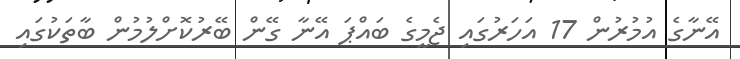
އޭނާގެ އުމުރުން 17 އަހަރުގައި ޖެމީގެ ބައްޕަ އޭނާ ގޭން ބޭރުކޮށްލުމުން ބާތަކުގައި